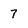
Character: 7